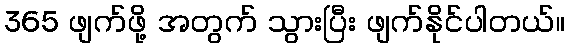
365 ဖျက်ဖို့ အတွက် သွားပြီး ဖျက်နိုင်ပါတယ်။